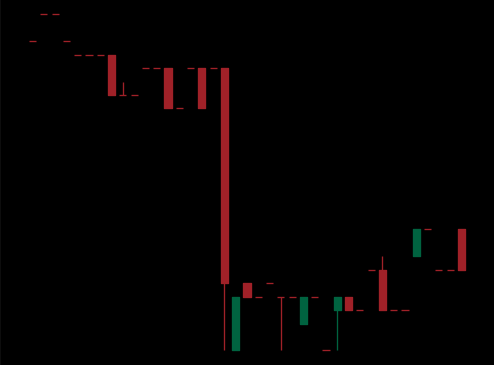
Pattern: bull_flag